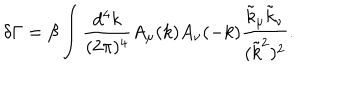
LaTeX: \delta \Gamma = \beta \int \frac { d ^ { 4 } k } { ( 2 \pi ) ^ { 4 } } A _ { \mu } ( k ) A _ { \nu } ( - k ) \frac { \tilde { k } _ { \mu } \tilde { k } _ { \nu } } { ( \tilde { k } ^ { 2 } ) ^ { 2 } } .